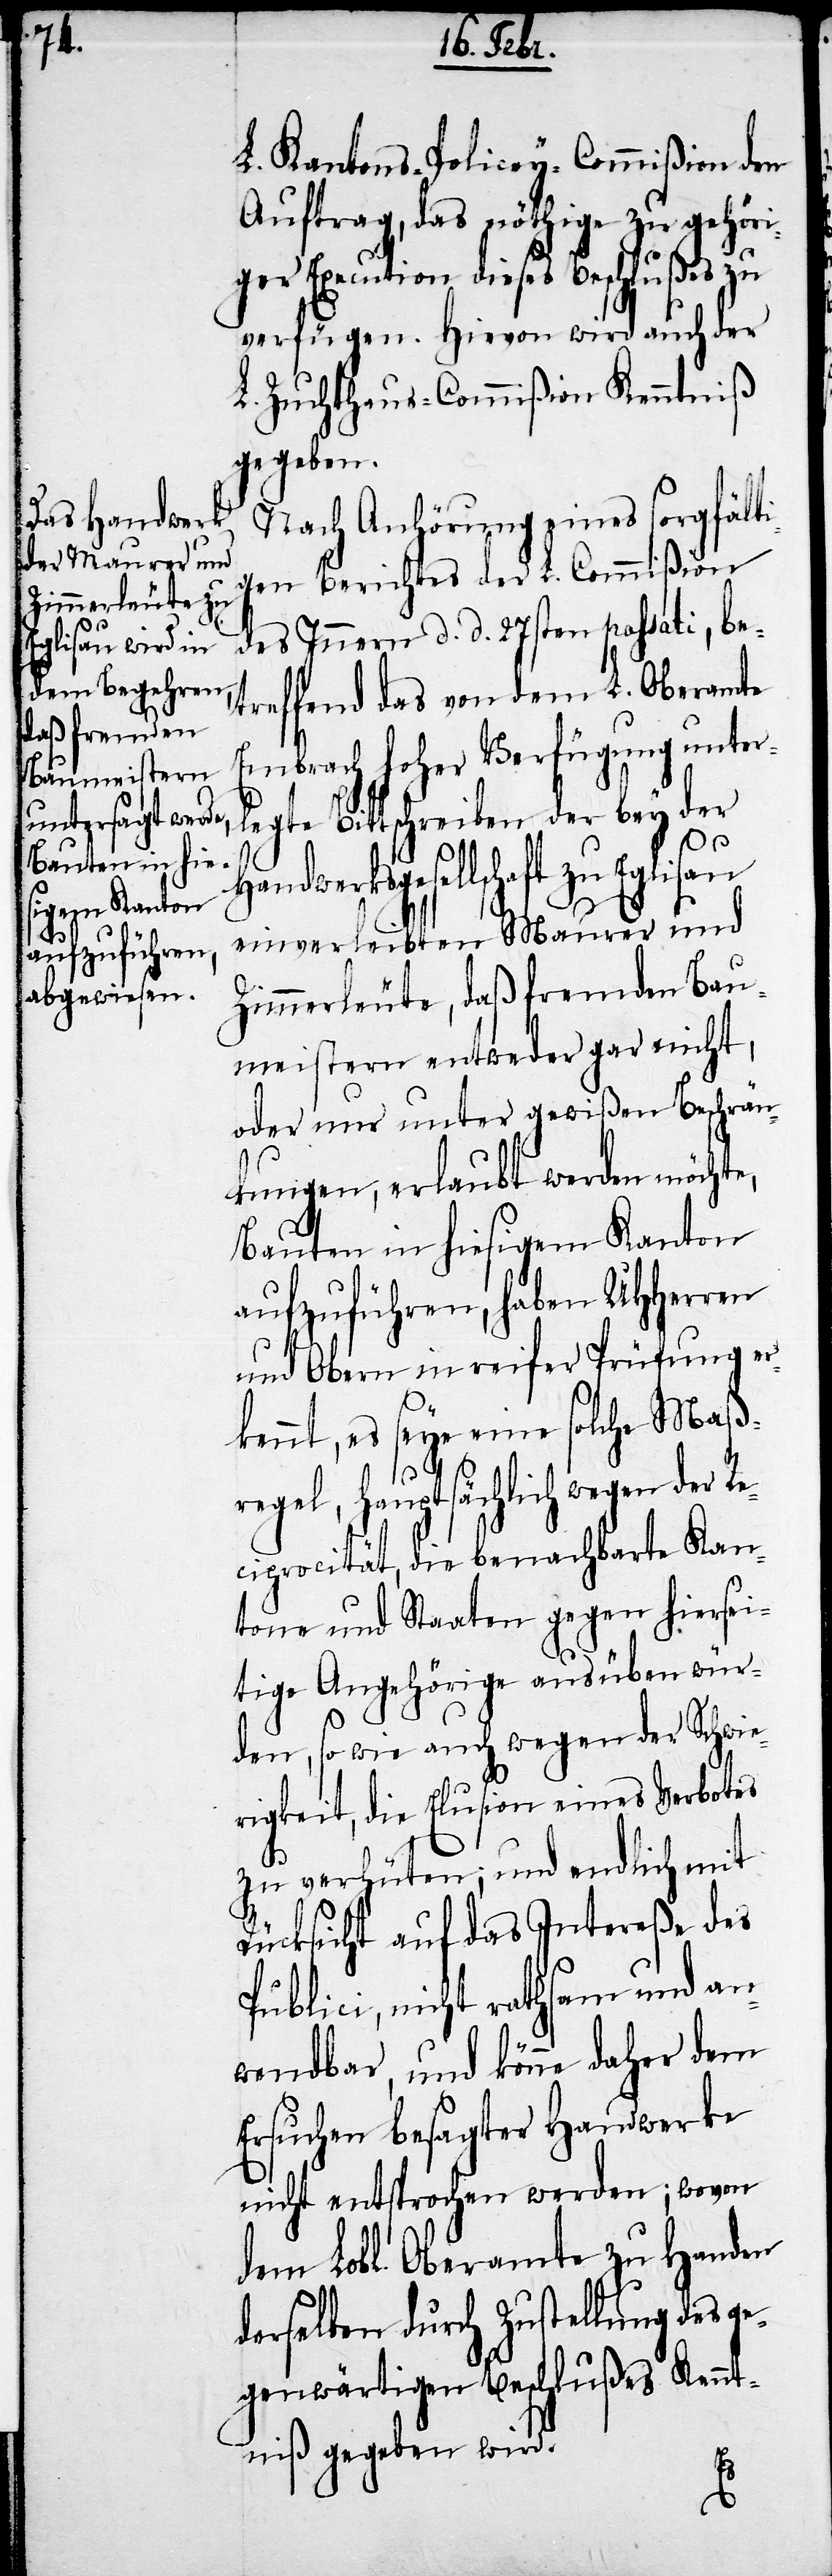
L. Kantons-Policey-Commißion den
Auftrag, das nöthige zu gehöri¬
ger Execution dieses Beschlußes zu
verfügen. Hievon wird auch der
L. Zuchthaus-Commißion Kenntniß
gegeben.
Nach Anhörung eines sorgfälti¬
gen Berichtes der L. Commißion
des Innern d. d. 27sten passati, be¬
treffend das von dem L. Oberamte
Embrach hoher Verfügung unte¬
rlegte Bittschreiben der bey der
Handwerksgesellschaft zu Eglisau
einverleibten Maurer und
Zimmerleute, daß fremden Bau¬
meistern entweder gar nicht,
oder nur unter gewißen Beschrän¬
kungen, erlaubt werden möchte,
Bauten in hiesigem Kanton
aufzuführen, haben UHHerren
und Obern in reifer Prüfung er¬
kennt, es seye eine solche Maß¬
regel, hauptsächlich wegen der Re¬
ciprocität, die benachbarte Kan¬
tone und Staaten gegen hiersei¬
tige Angehörige ausüben wür¬
den, so wie auch wegen der Schwie¬
rigkeit, die Elusion eines Verbotes
zu verhüten; und endlich mit
Rücksicht auf das Intereße des
Publici, nicht rathsam und an¬
wendbar, und könne daher dem
Ersuchen besagter Hauswerke
nicht entsprochen werden; wovon
dem Lobl. Oberamte zu Handen
derselben durch Zustellung des ge¬
genwärtigen Beschlußes Kennt¬
niß gegeben wird.